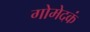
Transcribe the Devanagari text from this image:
गोमेदकं